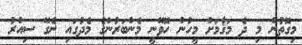
މިގޮތުން މި ދެ މަޤާމަށް މީހުން ހޮވޭނީ މެންބަރުންގެ މެދުގައި ނެގޭ ސިއްރު